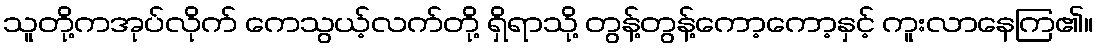
သူတို့ကအုပ်လိုက် ကေသွယ့်လက်တို့ ရှိရာသို့ တွန့်တွန့်ကော့ကော့နှင့် ကူးလာနေကြ၏။